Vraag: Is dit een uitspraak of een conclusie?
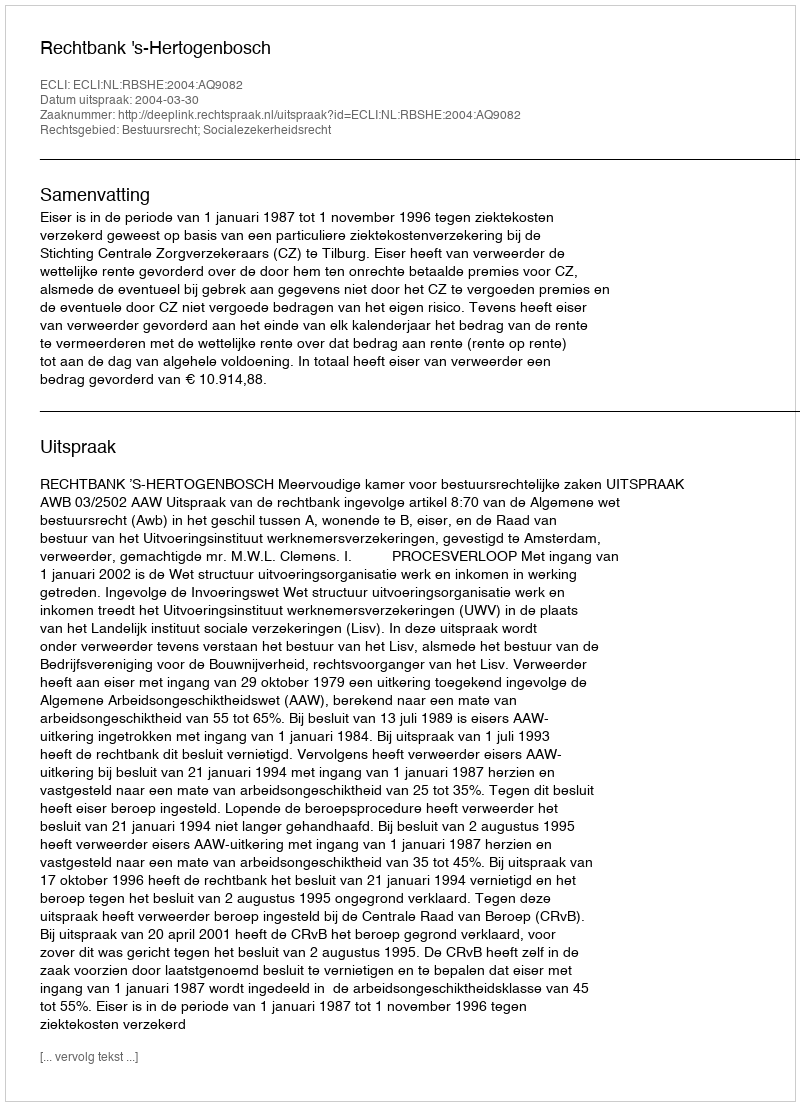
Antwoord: Uitspraak